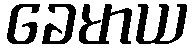
ခေမာယ